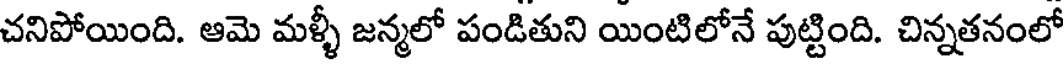
చనిపోయింది. ఆమె మళ్ళీ జన్మలో పండితుని యింటిలోనే పుట్టింది. చిన్నతనంలో